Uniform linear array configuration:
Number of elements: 8
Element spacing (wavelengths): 0.25
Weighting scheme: kaiser
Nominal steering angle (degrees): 30
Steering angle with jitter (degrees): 30.186
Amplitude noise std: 0.05
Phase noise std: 0.05

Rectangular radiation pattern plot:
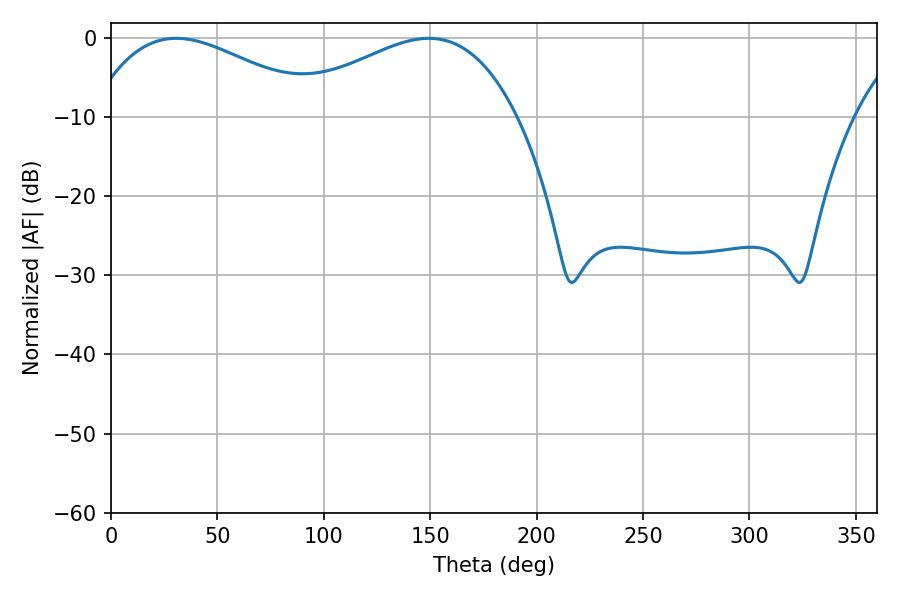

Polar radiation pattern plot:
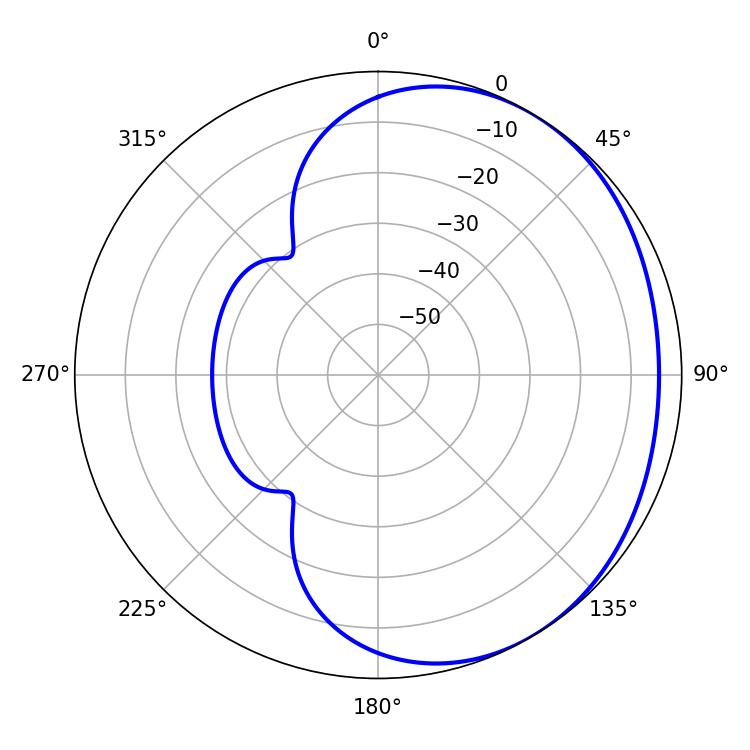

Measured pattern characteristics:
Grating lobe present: FALSE
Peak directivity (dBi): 2.096
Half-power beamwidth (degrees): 59.4
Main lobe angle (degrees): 30.6